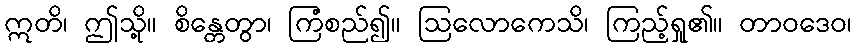
ဣတိ၊ ဤသို့။ စိန္တေတွာ၊ ကြံစည်၍။ ဩလောကေသိ၊ ကြည့်ရှု၏။ တာဝဒေဝ၊